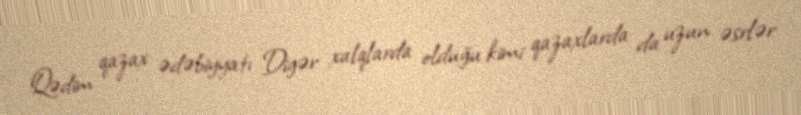
Qədim qazax ədəbiyyatı Digər xalqlarda olduğu kimi qazaxlarda da uzun əsrlər